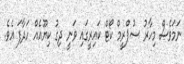
ނަމަވެސް މިހާރު ސުޕްރީމް ކޯޓް ކައިރީގައި ވަނީ ދިގު ކިޔޫއެއް ހަދާފަ އެވެ.